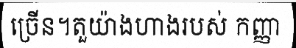
ច្រើន។តួយ៉ាងហាងរបស់ កញ្ញា